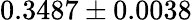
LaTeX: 0.3487\pm 0.0038